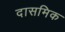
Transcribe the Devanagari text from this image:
दासमिक